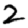
Digit: 2